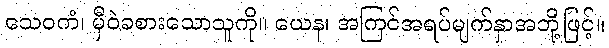
သေဝကံ၊ မှီဝဲခစားသောသူကို။ ယေန၊ အကြင်အရပ်မျက်နှာအဘို့ဖြင့်။